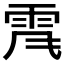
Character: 𩂑